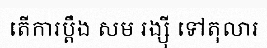
តើការប្តឹង សម រង្ស៊ី ទៅតុលារ